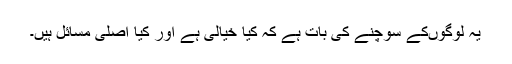
یہ لوگوں‌کے سوچنے کی بات ہے کہ کیا خیالی ہے اور کیا اصلی مسائل ہیں۔